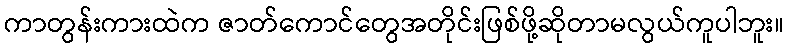
ကာတွန်းကားထဲက ဇာတ်ကောင်တွေအတိုင်းဖြစ်ဖို့ဆိုတာမလွယ်ကူပါဘူး။